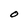
Character: O